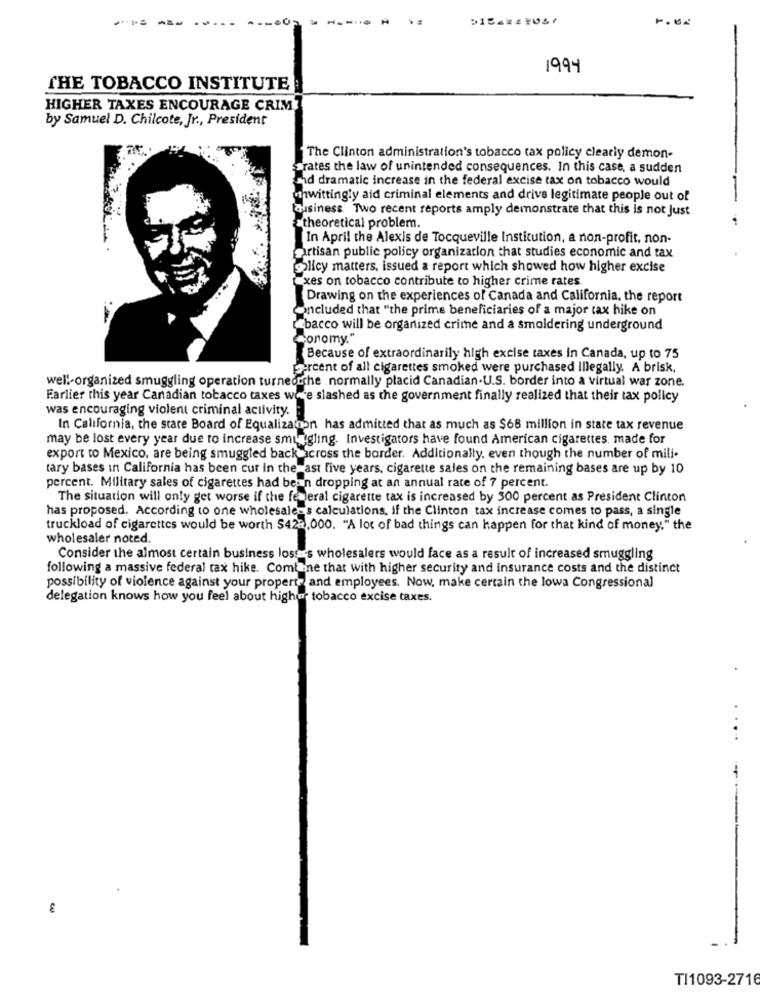
-----
1.64
1994
THE TOBACCO INSTITUTE
HIGHER TAXES ENCOURAGE CRIM
by Samuel D. Chilcote, Jr ., President
The Clinton administration's tobacco tax policy clearly demon-
rates the law of unintended consequences. In this case, a sudden
mid dramatic increase in the federal excise tax on tobacco would
unwittingly aid criminal elements and drive legitimate people out of
ausiness Two recent reports amply demonstrate that this is not Just
theoretical problem.
In April the Alexis de Tocqueville Institution, a non-profit, non-
Partisan public policy organization that studies economic and tax
[policy matters, issued a report which showed how higher excise
"xes on tobacco contribute to higher crime rates.
Drawing on the experiences of Canada and California, the report
Oincluded that "the prime beneficiaries of a major tax hike on
"bacco will be organized crime and a smoldering underground
Conomy."
Because of extraordinarily high excise taxes in Canada, up to 75
Percent of all cigarettes smoked were purchased illegally. A brisk,
well-organized smuggling operation turneorche normally placid Canadian.U.S. border into a virtual war zone.
Earlier this year Canadian tobacco taxes were slashed as the government finally realized that their tax policy
was encouraging violent criminal activity. :
In California, the stare Board of Equalizaron has admitted that as much as $68 million in state tax revenue
may be lost every year due to increase smuggling. Investigators have found American cigarettes, made for
export to Mexico, are being smuggled back across the border. Additionally, even though the number of mili-
tary bases in California has been cur in the ast five years, cigarette sales on the remaining bases are up by 10
percent. Military sales of cigarettes had been dropping at an annual rate of 7 percent.
The situation will only get worse if the federal cigarette tax is increased by 300 percent as President Clinton
has proposed. According to one wholesalers calculations, if the Clinton tax increase comes to pass, a single
truckload of cigarettes would be worth $42a,000. "A lot of bad things can happen for that kind of money" the
wholesaler noted.
Consider the almost certain business loss wholesalers would face as a result of increased smuggling
following a massive federal tax hike. Comt ne that with higher security and insurance costs and the distinct
possibility of violence against your property and employees. Now, make certain the lowa Congressional
delegation knows how you feel about high tobacco excise taxes.
..
TI1093-2716